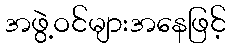
အဖွဲ့ဝင်များအနေဖြင့်